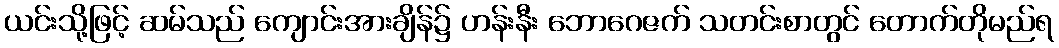
ယင်းသို့ဖြင့် ဆမ်သည် ကျောင်းအားချိန်၌ ဟန်းနီး ဘောဂေဇက် သတင်းစာတွင် တောက်တိုမည်ရ